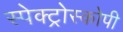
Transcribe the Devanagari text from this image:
स्‍पेक्‍ट्रोस्‍कोपी